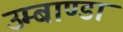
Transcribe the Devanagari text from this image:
उम्बाण्डा